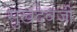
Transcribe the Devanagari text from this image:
सुखदेवजी